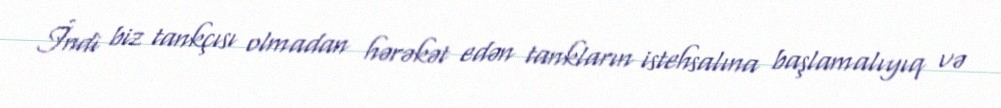
İndi biz tankçısı olmadan hərəkət edən tankların istehsalına başlamalıyıq və